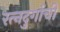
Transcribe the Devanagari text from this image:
रत्‍नदुर्गाची